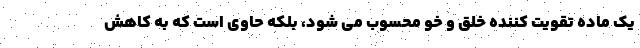
یک ماده تقویت کننده خلق و خو محسوب می شود، بلکه حاوی است که به کاهش